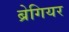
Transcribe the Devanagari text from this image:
ब्रेगियर